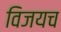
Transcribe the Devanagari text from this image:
विजयच